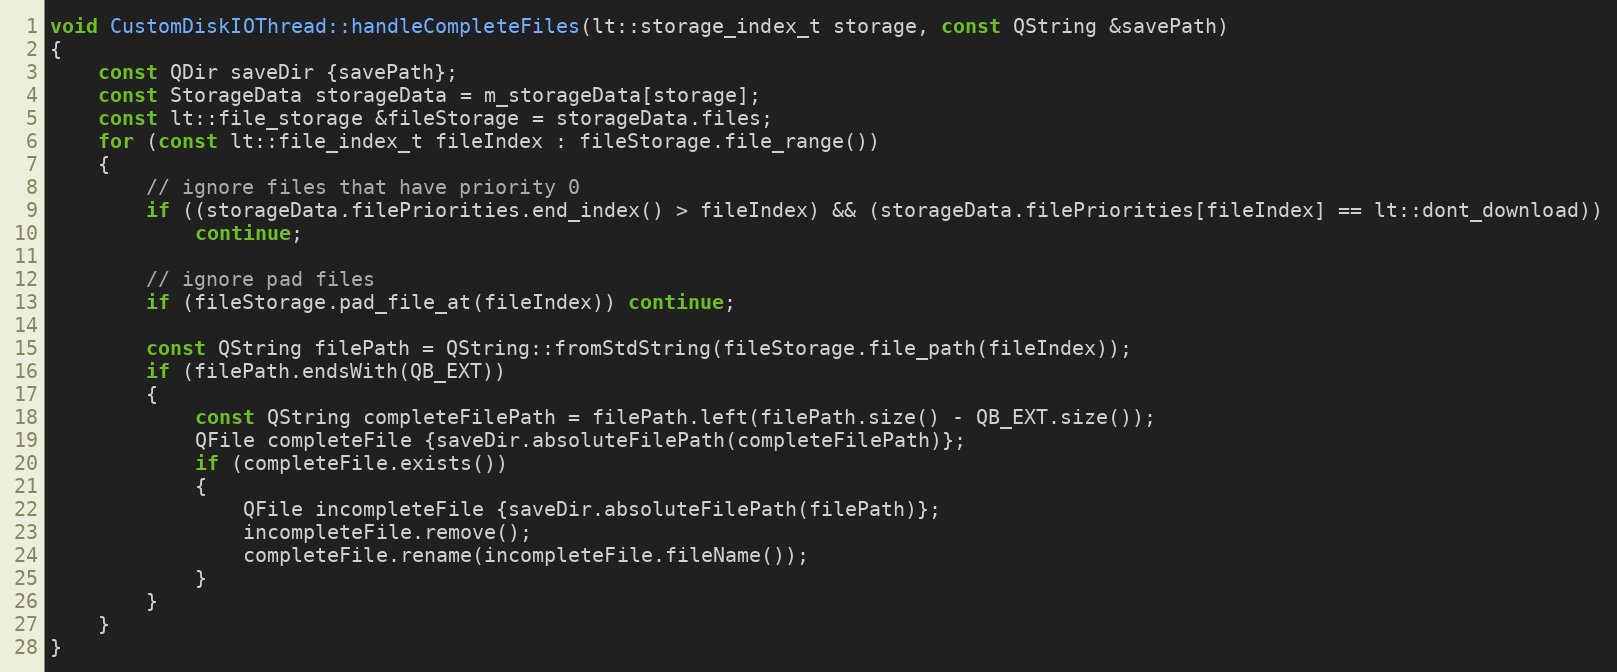
Language: C++
void CustomDiskIOThread::handleCompleteFiles(lt::storage_index_t storage, const QString &savePath)
{
    const QDir saveDir {savePath};
    const StorageData storageData = m_storageData[storage];
    const lt::file_storage &fileStorage = storageData.files;
    for (const lt::file_index_t fileIndex : fileStorage.file_range())
    {
        // ignore files that have priority 0
        if ((storageData.filePriorities.end_index() > fileIndex) && (storageData.filePriorities[fileIndex] == lt::dont_download))
            continue;

        // ignore pad files
        if (fileStorage.pad_file_at(fileIndex)) continue;

        const QString filePath = QString::fromStdString(fileStorage.file_path(fileIndex));
        if (filePath.endsWith(QB_EXT))
        {
            const QString completeFilePath = filePath.left(filePath.size() - QB_EXT.size());
            QFile completeFile {saveDir.absoluteFilePath(completeFilePath)};
            if (completeFile.exists())
            {
                QFile incompleteFile {saveDir.absoluteFilePath(filePath)};
                incompleteFile.remove();
                completeFile.rename(incompleteFile.fileName());
            }
        }
    }
}